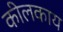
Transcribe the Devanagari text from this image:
कीलकाय